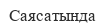
Саясатында